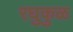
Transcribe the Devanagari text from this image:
रघुकुळ